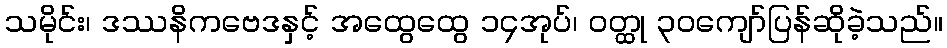
သမိုင်း၊ ဒဿနိကဗေဒနှင့် အထွေထွေ ၁၄အုပ်၊ ဝတ္ထု ၃၀ကျော်ပြန်ဆိုခဲ့သည်။